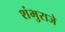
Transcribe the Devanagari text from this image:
शंभुराजे